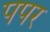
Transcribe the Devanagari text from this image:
पपर